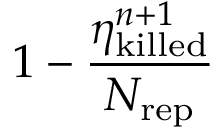
1 - \frac { \eta _ { \mathrm { k i l l e d } } ^ { n + 1 } } { N _ { \mathrm { r e p } } }